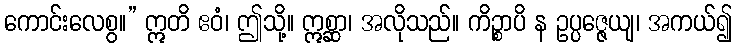
ကောင်းလေစွ။” ဣတိ ဧဝံ၊ ဤသို့။ ဣစ္ဆာ၊ အလိုသည်။ ကိဉ္စာပိ န ဥပ္ပဇ္ဇေယျ၊ အကယ်၍